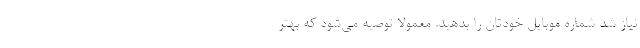
نیاز شد شماره موبایل خودتان را بدهید. معمولا توصیه می‌شود که بهتر